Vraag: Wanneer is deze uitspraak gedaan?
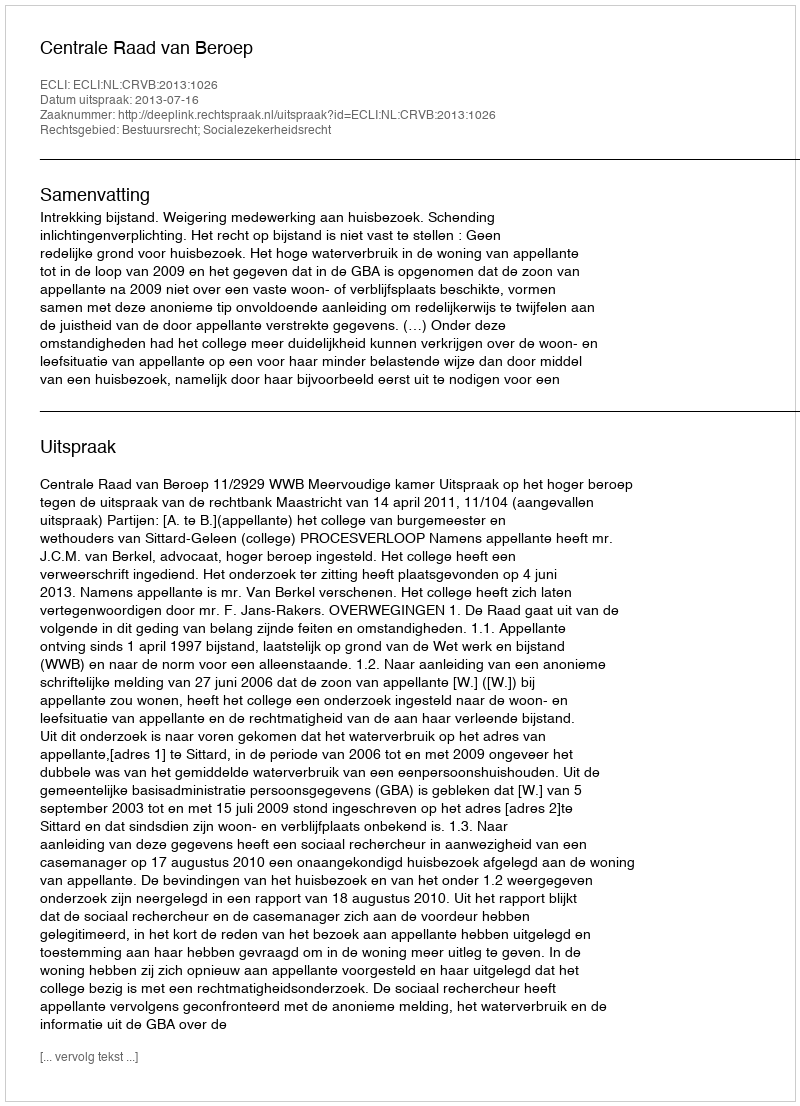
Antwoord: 2013-07-16